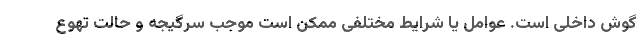
گوش داخلی است. عوامل یا شرایط مختلفی ممکن است موجب سرگیجه و حالت تهوع